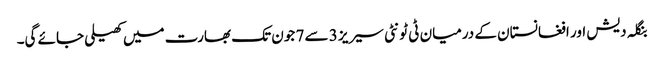
بنگلہ دیش اور افغانستان کے درمیان ٹی ٹونٹی سیریز 3 سے 7 جون تک بھارت میں کھیلی جائے گی۔